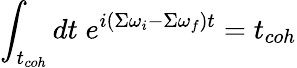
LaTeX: \int_{t_{coh}}dt\; e^{i(\Sigma\omega_{i}-\Sigma\omega_{f})t}=t_{coh}